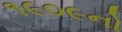
૧૯૦૯નો